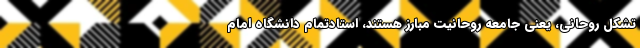
تشکل روحانی، یعنی جامعه روحانیت مبارز هستند، استادتمام دانشگاه امام